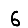
Digit: 6